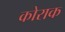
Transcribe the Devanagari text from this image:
कोराक